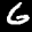
Label: 6